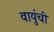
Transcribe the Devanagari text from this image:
वायुंची